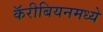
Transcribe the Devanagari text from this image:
कॅरीबियनमध्ये